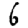
Digit: 6